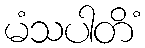
မံသပါတိံ